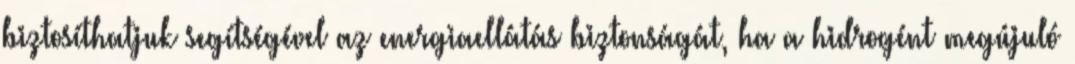
biztosíthatjuk segítségével az energiaellátás biztonságát, ha a hidrogént megújuló